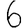
Digit: 6